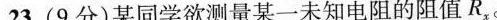
23.(9分)某同学欲测量某一未知电阻的阻值R